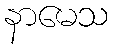
နာမေသ